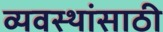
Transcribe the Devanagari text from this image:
व्यवस्थांसाठी